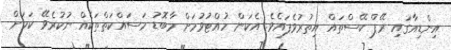
އިންޑިއާގައި ރޭޕް ކޭސްތައް އިތުރުވެފައެވެ. އެކަން ހުއްޓުވުމަށް މާބޮޑު މަސައްކަތްތަކެއް ނުކުރެވޭ ކަމަށް